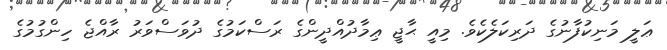
ޢަލީ މަނިކުފާނުގެ ދަރިކަލެކެވެ. މިއީ ޙާޖީ ޢިމާދުއްދީންގެ ރަސްކަމުގެ ދުވަސްވަރު ރާއްޖެ ހިންގުމުގެ